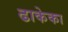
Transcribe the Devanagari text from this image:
ढाकेका